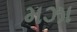
મઝા